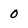
Character: 0